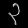
Digit: ၃